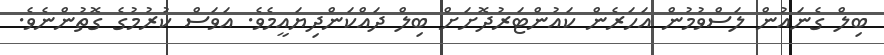
ބިލް ގެނައުން ލަސްވުމުން އަހަރެން ކައުންޓަރުދޮށަށް ބިލް ދައްކަންދިޔައީމެވެ. އަވަސް ކުރުމުގެ ގޮތުންނެވެ.